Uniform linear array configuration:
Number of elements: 48
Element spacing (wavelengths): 1
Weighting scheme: hamming
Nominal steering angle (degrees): -60
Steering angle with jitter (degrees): -59.035
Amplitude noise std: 0.05
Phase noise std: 0.05

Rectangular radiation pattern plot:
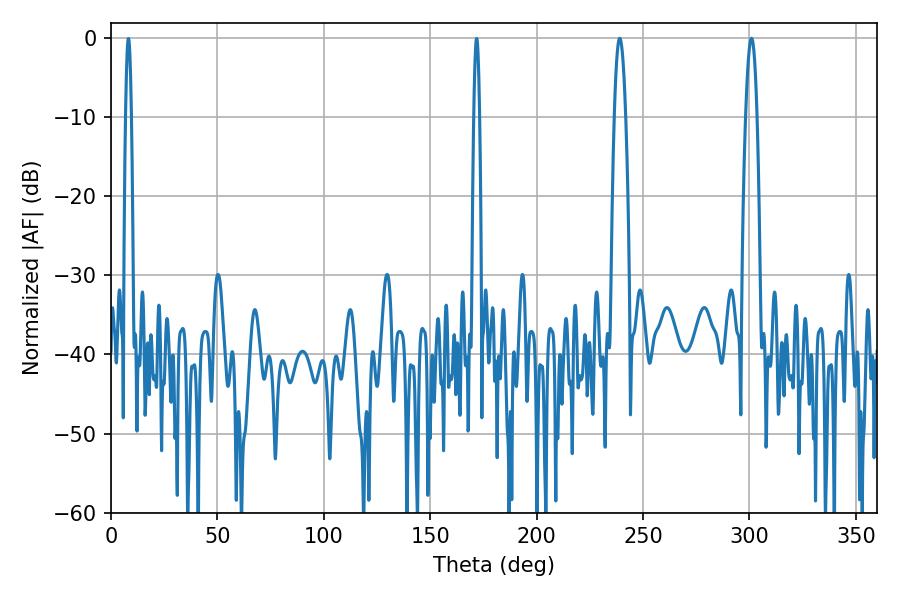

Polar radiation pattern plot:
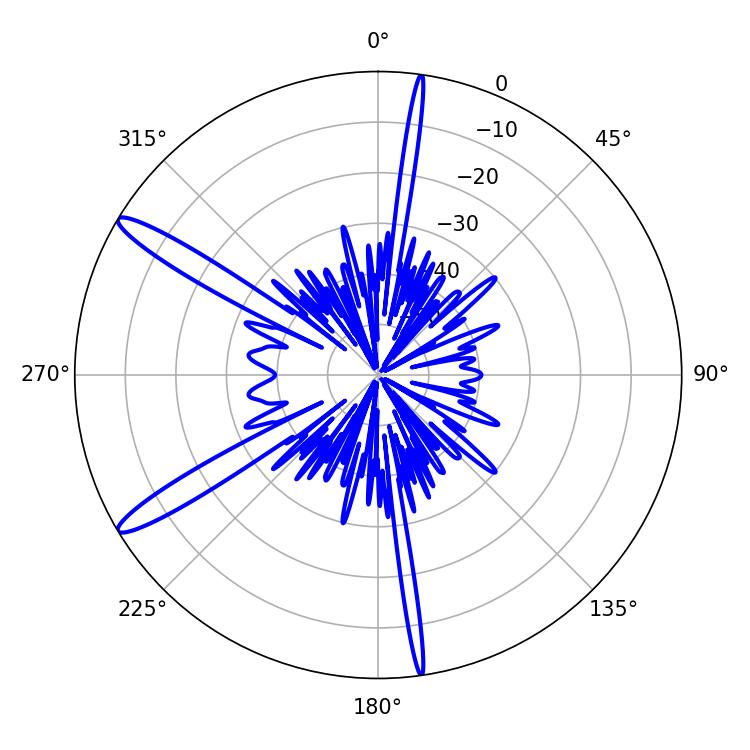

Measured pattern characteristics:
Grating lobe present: TRUE
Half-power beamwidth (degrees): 2.88
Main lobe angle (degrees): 239.04